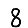
Digit: 8